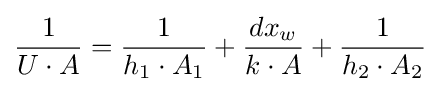
{\frac {1}{U\cdot A}}={\frac {1}{h_{1}\cdot A_{1}}}+{\frac {dx_{w}}{k\cdot A}}+{\frac {1}{h_{2}\cdot A_{2}}}